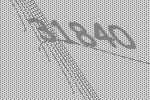
31840